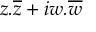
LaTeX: z . { \overline { { z } } } + i w . { \overline { { w } } }